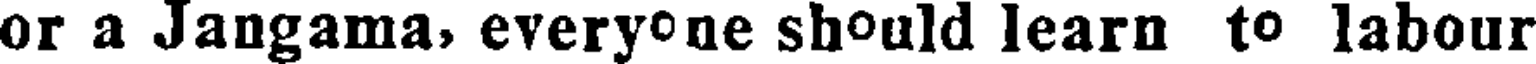
or a Jangama, everyone should learn to labour